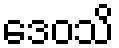
ဒေဝသိ